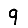
Digit: 9